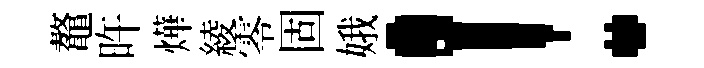
鼇旿燁綾零固娥！